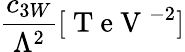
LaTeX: \frac{c_{3W}}{\Lambda^{2}}[\mathrm{~T~e~V~}^{-2}]